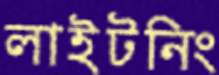
লাইটনিং